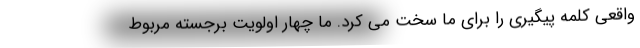
واقعی کلمه پیگیری را برای ما سخت می کرد. ما چهار اولویت برجسته مربوط